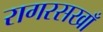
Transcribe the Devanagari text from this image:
रागरसखाँ